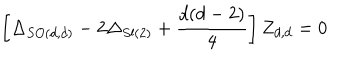
\left[ \Delta _ { S O ( d , d ) } - 2 \Delta _ { S l ( 2 ) } + \frac { d ( d - 2 ) } { 4 } \right] Z _ { d , d } = 0